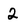
Character: 2